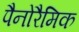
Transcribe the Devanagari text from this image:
पैनोरैमिक